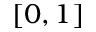
[ 0 , 1 ]